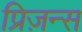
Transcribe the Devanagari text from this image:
प्रिज़न्स